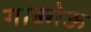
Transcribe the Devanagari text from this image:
गाक्कोऊ